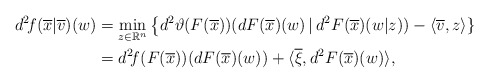
\begin{align*} d^2\!f(\overline{x}|\overline{v})(w) &=\min_{z\in\mathbb{R}^n}\big\{d^2\vartheta(F(\overline{x})) (dF(\overline{x})(w)\,|\,d^2F(\overline{x})(w|z))-\langle\overline{v},z\rangle\}\\ &=d^2\!f(F(\overline{x}))(dF(\overline{x})(w))+\langle \overline{\xi},d^2 F(\overline{x})(w)\rangle, \end{align*}